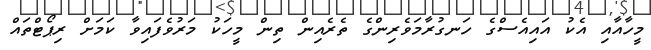
މީހާއާއި އެކު އައިއެސްގެ ހަނގުރާމަވެރިންގެ ތެރެއިން ތިން މީހަކު މަރުވެފައިވާ ކަމަށް ރިޕޯޓްތައް